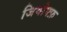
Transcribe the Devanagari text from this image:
जियोफ्फ़